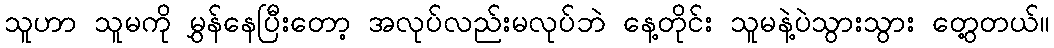
သူဟာ သူမကို မွှန်နေပြီးတော့ အလုပ်လည်းမလုပ်ဘဲ နေ့တိုင်း သူမနဲ့ပဲသွားသွား တွေ့တယ်။